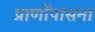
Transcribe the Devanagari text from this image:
प्राणोंपासना